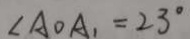
\angle A O A _ { 1 } = 2 3 ^ { \circ }